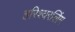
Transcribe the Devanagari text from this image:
हरिश्वरलिंग